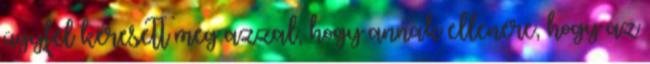
ügyfél keresett meg azzal, hogy annak ellenére, hogy az